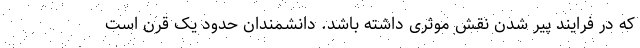
که در فرایند پیر شدن نقش موثری داشته باشد. دانشمندان حدود یک قرن است